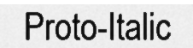
Proto-Italic